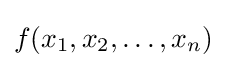
f(x_{1},x_{2},\ldots ,x_{n})